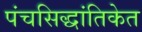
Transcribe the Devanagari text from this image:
पंचसिद्धांतिकेत